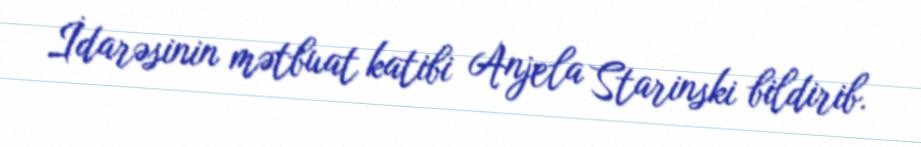
İdarəsinin mətbuat katibi Anjela Starinski bildirib.